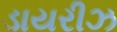
ડાયરીઝ